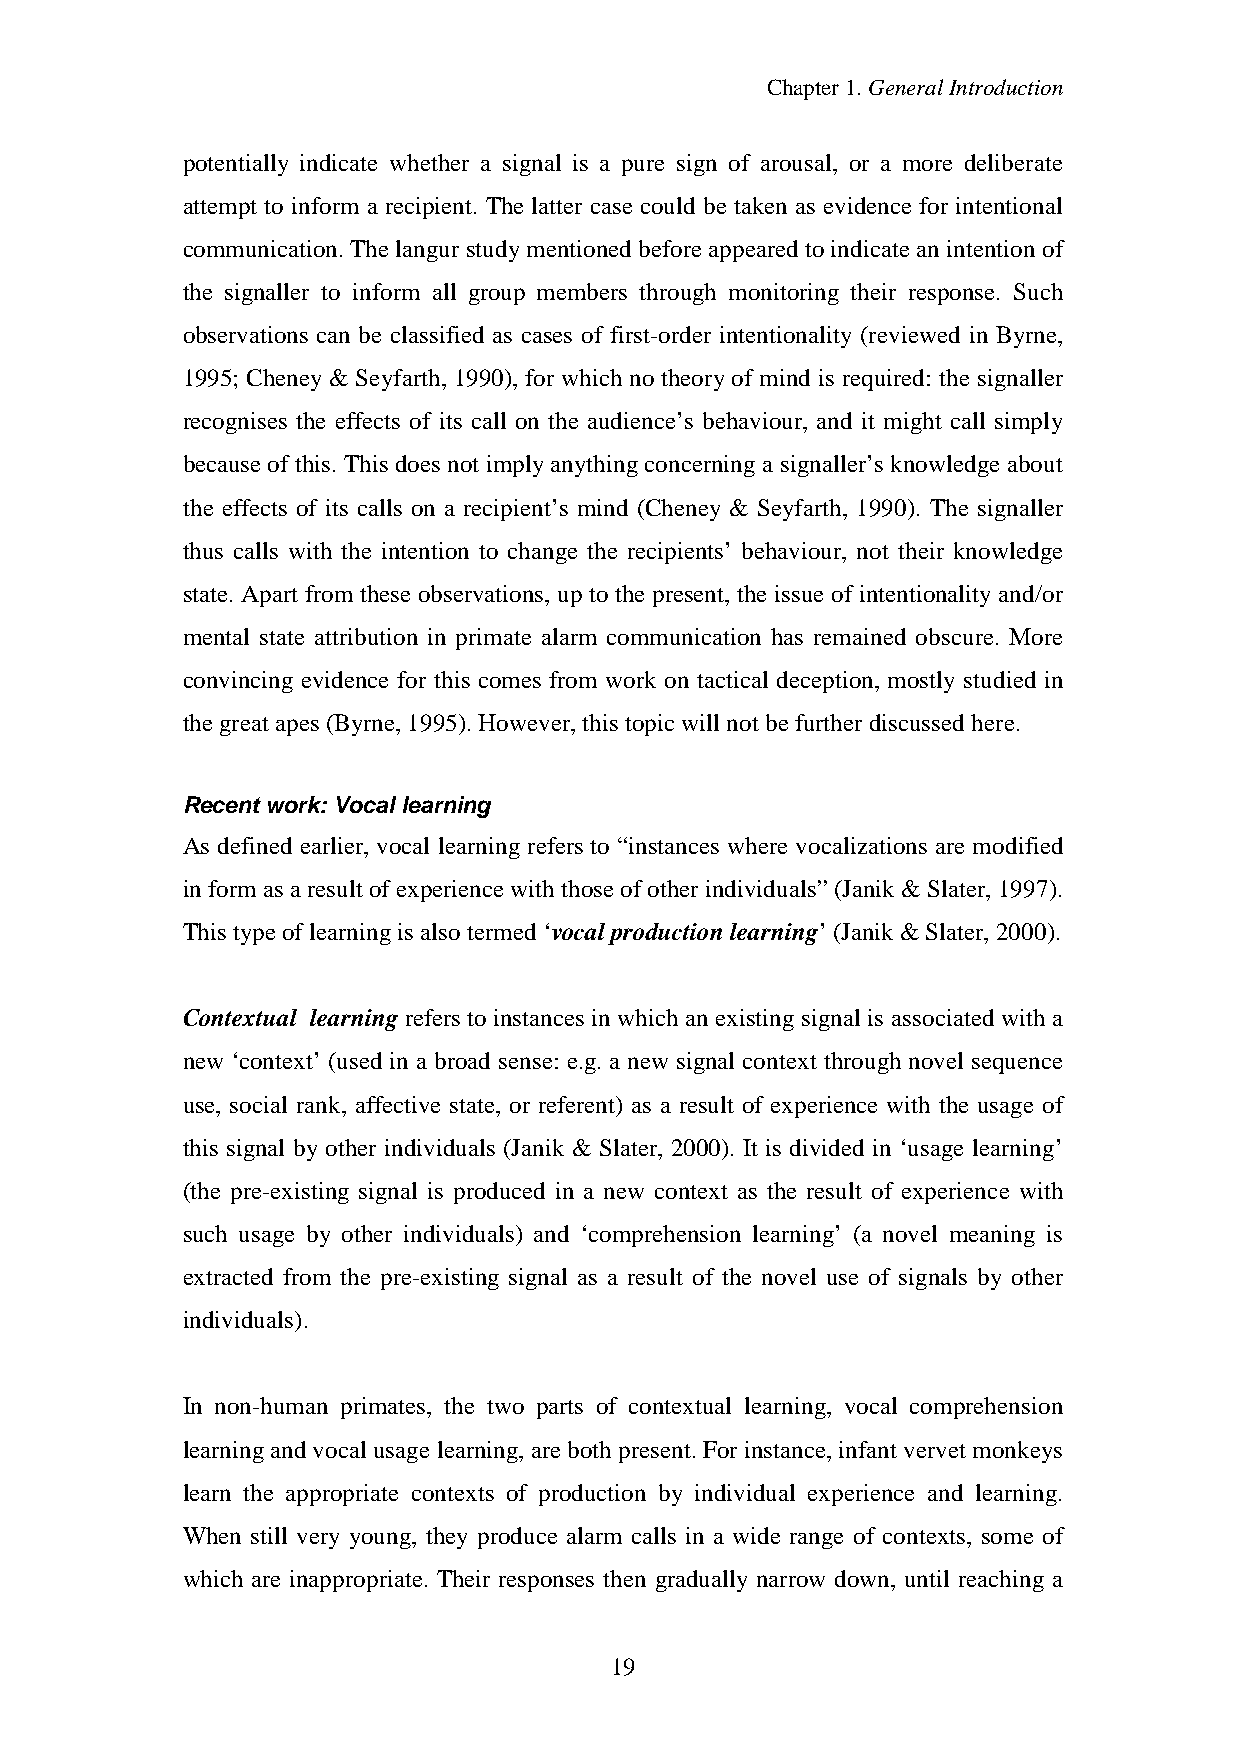
Chapter1.GeneralIntroduction
 potentially indicate whether a signal is a pure sign of arousal, or a more deliberate
 attempt to inform a recipient. The latter case could be taken as evidence for intentional
 communication.Thelangur studymentionedbeforeappearedtoindicate anintentionof
 the signaller to inform all group members through monitoring their response. Such
 observations can be classified as cases of first-order intentionality (reviewed in Byrne,
 1995; Cheney & Seyfarth, 1990), for which no theoryof mind is required: the signaller
 recognises the effects of its call on the audience’s behaviour, and it might call simply
 because of this. This does not implyanythingconcerninga signaller’s knowledge about
 the effects of its calls on a recipient’s mind (Cheney & Seyfarth, 1990). The signaller
 thus calls with the intention to change the recipients’ behaviour, not their knowledge
 state. Apart from these observations, up to the present, the issue of intentionalityand/or
 mental state attribution in primate alarm communication has remained obscure. More
 convincing evidence for this comes from work on tactical deception, mostly studied in
 thegreat apes (Byrne,1995).However,this topicwill not befurtherdiscussedhere.
 Recent work: Vocal learning
 As defined earlier, vocal learning refers to “instances where vocalizations are modified
 inform as aresult ofexperiencewiththoseofotherindividuals”(Janik& Slater,1997).
 This typeoflearningis also termed‘vocal production learning’(Janik&Slater,2000).
 Contextual learning refers to instances in which an existingsignal is associated with a
 new ‘context’ (used in a broad sense: e.g. a new signal context through novel sequence
 use, social rank, affective state, or referent) as a result of experience with the usage of
 this signal by other individuals (Janik & Slater, 2000). It is divided in ‘usage learning’
 (the pre-existing signal is produced in a new context as the result of experience with
 such usage by other individuals) and ‘comprehension learning’ (a novel meaning is
 extracted from the pre-existing signal as a result of the novel use of signals by other
 individuals).
 In non-human primates, the two parts of contextual learning, vocal comprehension
 learningandvocal usage learning,arebothpresent.Forinstance,infant vervet monkeys
 learn the appropriate contexts of production by individual experience and learning.
 When still very young, they produce alarm calls in a wide range of contexts, some of
 which are inappropriate. Their responses then gradually narrow down, until reaching a
 19